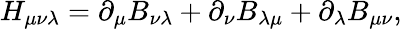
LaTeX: H_{\mu\nu\lambda}=\partial_{\mu}B_{\nu\lambda}+\partial_{\nu}B_{\lambda\mu}+\partial_{\lambda}B_{\mu\nu},